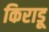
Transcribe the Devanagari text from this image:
किराडू